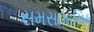
સમસામાયિક